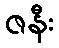
ဇနီး